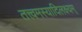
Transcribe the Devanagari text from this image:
तत्त्वमस्यादिलक्ष्यम्